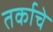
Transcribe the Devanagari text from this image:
तर्काचे